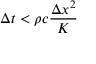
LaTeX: \Delta t < \rho c { \frac { \Delta x ^ { 2 } } { K } }